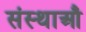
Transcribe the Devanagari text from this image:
संस्थाऔं